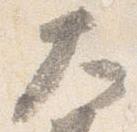
大